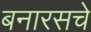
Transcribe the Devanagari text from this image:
बनारसचे